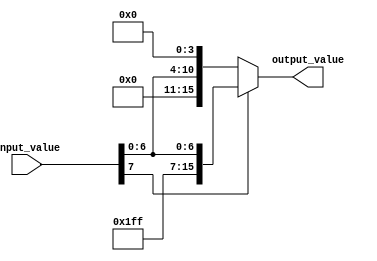
`timescale 1ns / 1ps
//////////////////////////////////////////////////////////////////////////////////
// Company: 
// Engineer: 
// 
// Design Name: 
// Module Name: leaky_relu_signed
// Project Name: 
// Target Devices: 
// Tool Versions: 
// Description: 
// 
// Dependencies: 
// 
// Revision:
// Revision 0.01 - File Created
// Additional Comments:
// 
//////////////////////////////////////////////////////////////////////////////////


module leaky_relu_signed(
    input_value, output_value
    );
    // this implements a leaky relu where alpha is for 8 bit 00000001
    // if the sign bit are 4 alpha become 0.0625 or if it is 5 0.03125
    parameter SIZE = 8;
    parameter SIGN_BIT_SIZE = 4;
    
    input [SIZE-1:0] input_value;
    output [2*SIZE-1:0] output_value;
    
    assign output_value = input_value[SIZE-1] ? {{SIZE{input_value[SIZE-1]}},input_value} : {{SIZE-SIGN_BIT_SIZE{input_value[SIZE-1]}},input_value,{SIGN_BIT_SIZE{1'b0}}} ;
    
endmodule